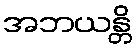
အဘယန္တိ